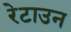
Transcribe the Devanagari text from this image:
रेटाउन